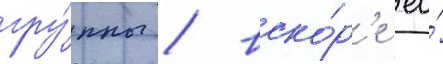
гру́ппы / вско́р'е ео́